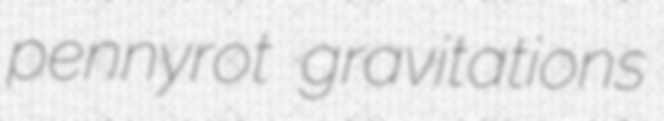
pennyrot gravitations